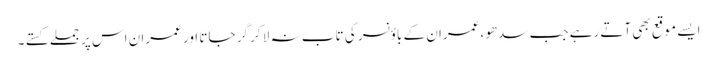
ایسے موقع بھی آتے رہے جب سدھو ،عمران کے باؤنسر کی تاب نہ لا کر گر جاتا اور عمران اس پر جملے کستے ۔